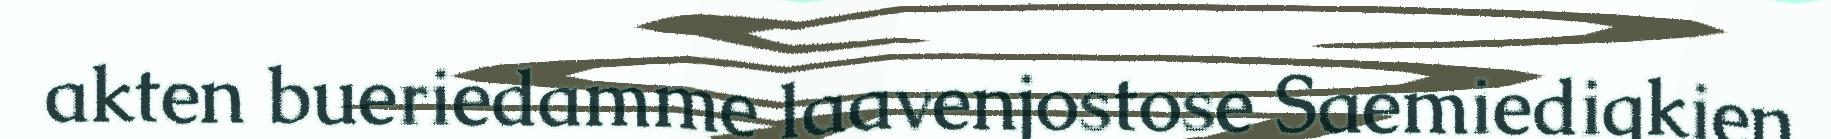
akten bueriedamme laavenjostose Saemiedigkien